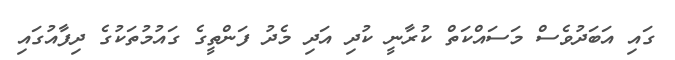
ގައި އަބަދުވެސް މަސައްކަތް ކުރާނީ ކުދި އަދި މެދު ފަންތީގެ ގައުމުތަކުގެ ދިފާއުގައި